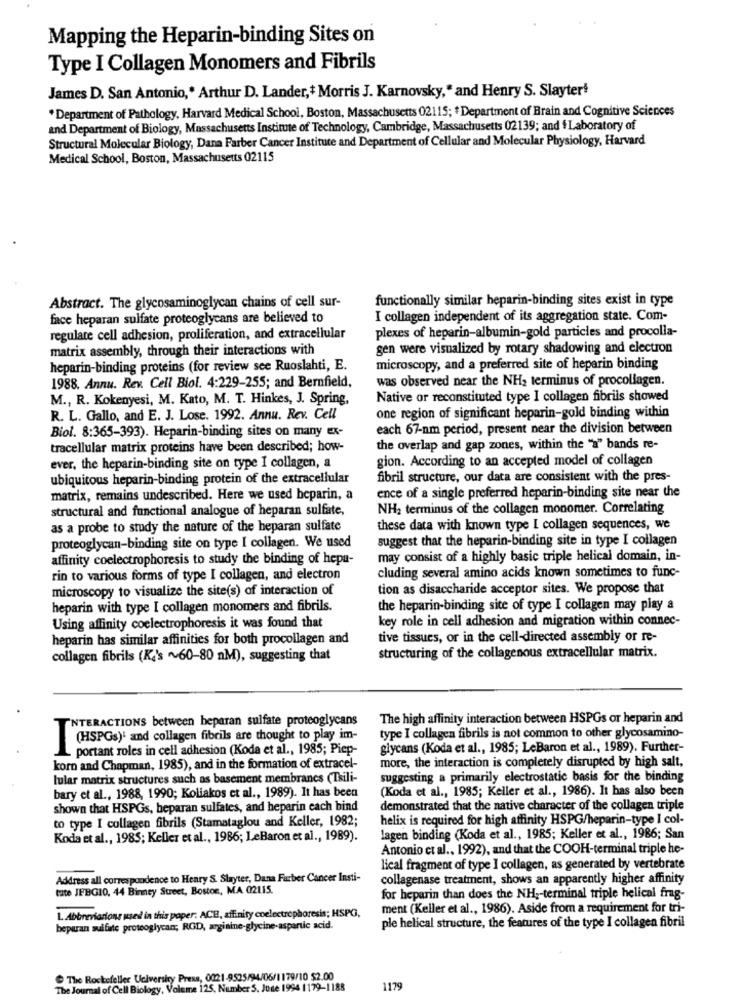
Mapping the Heparin-binding Sites on
Type I Collagen Monomers and Fibrils
James D. San Antonio ,* Arthur D. Lander,+ Morris J. Karnovsky, " and Henry S. Slaytert
* Department of Pathology, Harvard Medical School, Boston, Massachusetts 02115; # Department of Brain and Cognitive Sciences
and Department of Biology, Massachusetts Institute of Technology, Cambridge, Massachusetts 02139; and $ Laboratory of
Structural Molecular Biology, Dana Farber Cancer Institute and Department of Cellular and Molecular Physiology, Harvard
Medical School, Boston, Massachusetts 02115
functionally similar heparin-binding sites exist in type
Abstract. The glycosaminoglycan chains of cell sur-
face heparan sulfate proteoglycans are believed to
I collagen independent of its aggregation state. Com-
regulate cell adhesion, proliferation, and extracellular
plexes of heparin-albumin-gold particles and procolla-
matrix assembly, through their interactions with
gen were visualized by rotary shadowing and electron
heparin-binding proteins (for review see Ruoslahti, E.
microscopy, and a preferred site of heparin binding
was observed near the NH2 terminus of procollagen.
1988. Annu. Rev. Cell Biol. 4:229-255; and Bernfield,
M ., R. Kokenyesi, M. Kato, M. T. Hinkes, J. Spring,
Native or reconstituted type I collagen fibrils showed
R. L. Gallo, and E. J. Lose. 1992. Annu. Rev. Cell
one region of significant heparin-gold binding within
each 67-nm period, present near the division between
Biol. 8:365-393). Heparin-binding sites on many ex-
tracellular matrix proteins have been described; how-
the overlap and gap zones, within the "a" bands re-
gion. According to an accepted model of collagen
ever, the heparin-binding site on type I collagen, a
ubiquitous heparin-binding protein of the extracellular
fibril structure, our data are consistent with the pres-
matrix, remains undescribed. Here we used beparin, a
ence of a single preferred heparin-binding site near the
structural and functional analogue of heparan sulfate,
NH2 terminus of the collagen monomer. Correlating
as a probe to study the nature of the heparan sulfate
these data with known type I collagen sequences, we
proteoglycan-binding site on type I collagen. We used
suggest that the heparin-binding site in type I collagen
affinity coelectrophoresis to study the binding of hepa-
may consist of a highly basic triple helical domain, in-
rin to various forms of type I collagen, and electron
cluding several amino acids known sometimes to func-
microscopy to visualize the site(s) of interaction of
tion as disaccharide acceptor sites. We propose that
heparin with type I collagen monomers and fibrils.
the heparin-binding site of type I collagen may play a
Using affinity coelectrophoresis it was found that
key role in cell adhesion and migration within connec-
heparin has similar affinities for both procollagen and
tive tissues, or in the cell-directed assembly or re-
collagen fibrils (K2's ~60-80 nM), suggesting that
structuring of the collagenous extracellular matrix.
INTERACTIONS between heparan sulfate proteoglycans
The high affinity interaction between HSPGs or heparin and
type I collagen fibrils is not common to other glycosamino-
(HISPGs)' and collagen fibrils are thought to play im-
portant roles in cell adhesion (Koda et al ., 1985; Piep-
glycans (Koda et al ., 1985; LeBaron et al ., 1989). Further-
more, the interaction is completely disrupted by high salt,
korn and Chapman, 1985), and in the formation of extracel-
lular matrix structures such as basement membranes (Tsili-
suggesting a primarily electrostatic basis for the binding
(Koda et al ., 1985; Keller et al ., 1986). It has also been
bary et al ., 1988, 1990; Koliakos et al ., 1989). It has been
shown that HSPGs, beparan sulfates, and heparin each bind
demonstrated that the native character of the collagen triple
to type I collagen fibrils (Stamataglou and Keller, 1982;
helix is required for high affinity HSPG/heparin-type I col-
Koda et al ., 1985; Keller et al ., 1986; LeBaron et al ., 1989).
lagen binding (Koda et al ., 1985; Keller et al ., 1986; San
Antonio ct al ., 1992), and that the COOH-terminal triple he-
lical fragment of type I collagen, as generated by vertebrate
Address all correspondence to Heary S. Sluyter, Dana Farber Cancer Insti-
collagenase treatment, shows an apparently higher affinity
tate JEBGIO, 44 Binney Street, Boston, MA 02115.
for heparin than does the NH ,- terminal triple helical frag-
ment (Keller et al ., 1986). Aside from a requirement for tri-
L. Abbreviazione used in this paper. ACH, affinity coelectrophoresis; HSPG,
beparan sulfate protooglycan; RGD, arginine-glycine-aspartic acid.
ple helical structure, the features of the type I collagen fibril
The Rockefeller University Press, 002:1-9525/94/06/1179/10 $2.00
The Journal of Cell Biology, Volume 125, Number S. June 1994 1179-1188
1179